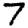
Digit: 7